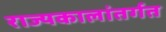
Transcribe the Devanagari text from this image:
राज्यकालांतर्गत